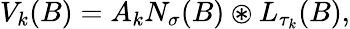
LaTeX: \begin{array}{r}{V_{k}(B)=A_{k}N_{\sigma}(B)\circledast L_{\tau_{k}}(B),}\end{array}